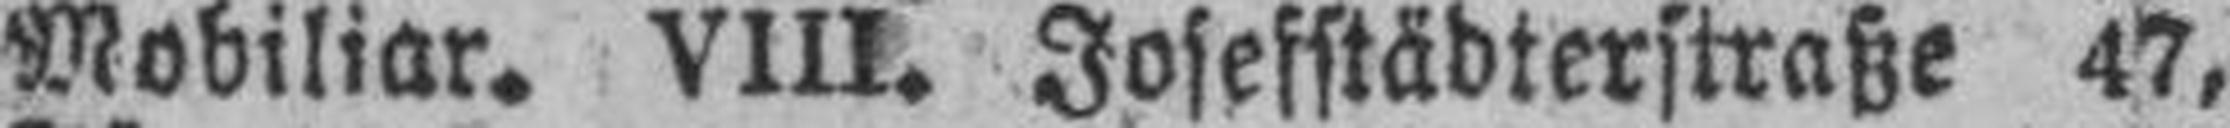
Mobiliar. VIII. Josefstädterstraße 47,